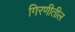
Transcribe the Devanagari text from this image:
गिरणीतील